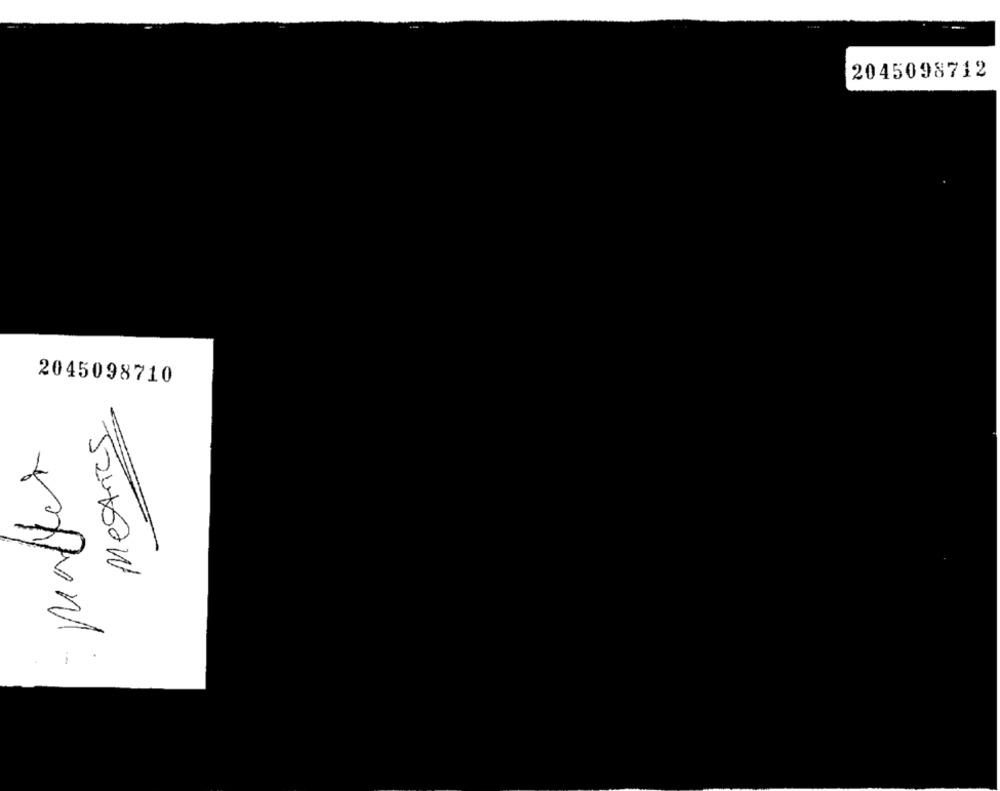
2045098712
2045098710
Metrics